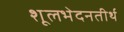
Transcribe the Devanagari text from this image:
शूलभेदनतीर्थ